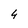
Character: 4